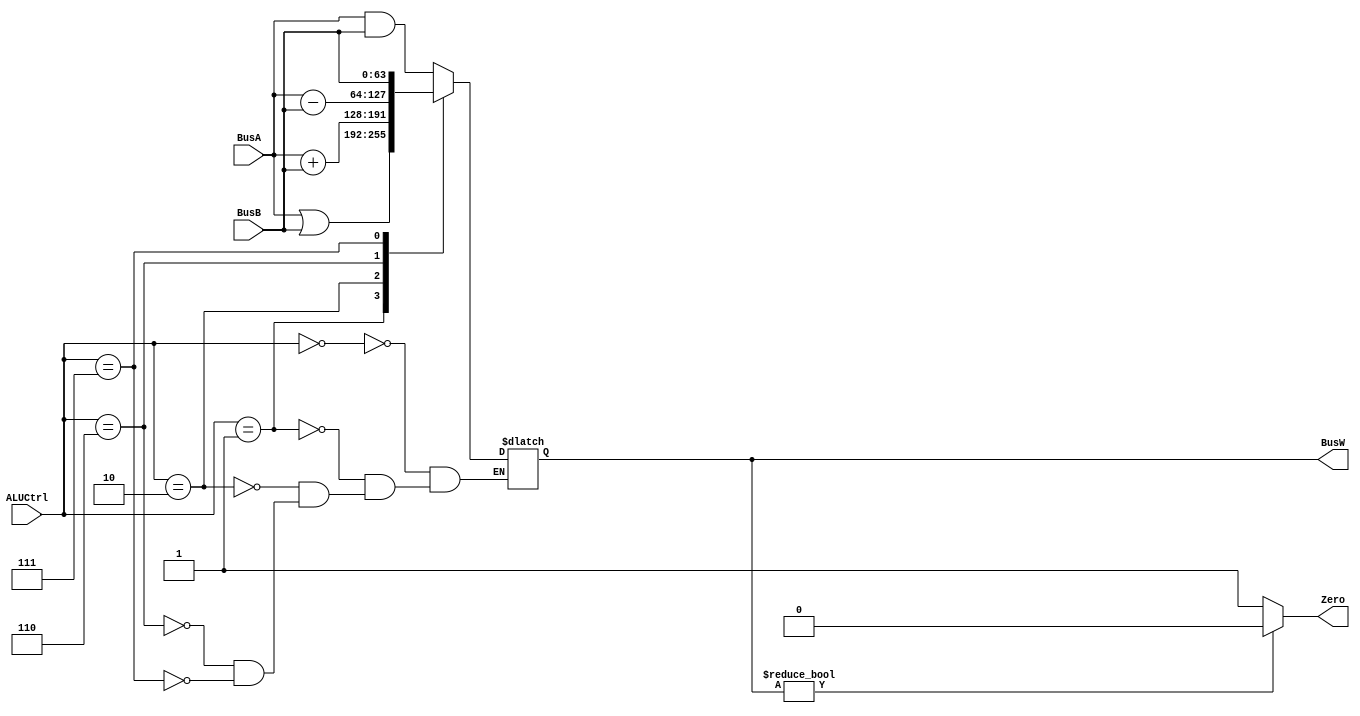
`define AND   4'b0000
`define OR    4'b0001
`define ADD   4'b0010
`define SUB   4'b0110
`define PassB 4'b0111

`timescale 1ns / 1ps

module ALU(BusW, BusA, BusB, ALUCtrl, Zero);
    
    parameter n = 64;

    output  [n-1:0] BusW;
    input   [n-1:0] BusA, BusB;
    input   [3:0] ALUCtrl;
    output  Zero;
    
    reg     [n-1:0] BusW;
    
    // Always at an input change,
    // calculate BusW with basic ALU functions, selected by the ALUCtrl.
    always @(ALUCtrl or BusA or BusB)
        case(ALUCtrl)
            `AND:   BusW <= #20 BusA & BusB;
            `OR:    BusW <= #20 BusA | BusB;
            `ADD:   BusW <= #20 BusA + BusB;
            `SUB:   BusW <= #20 BusA - BusB;
            `PassB: BusW <= #20 BusB;
        endcase

    assign #1 Zero = BusW ? 0 : 1;
endmodule